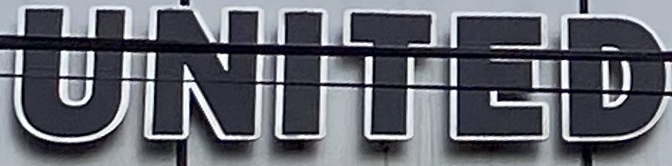
UNITED